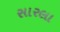
સારલા